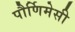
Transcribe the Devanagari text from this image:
पौर्णिमेसी